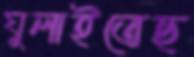
ঘুলাইতেছ